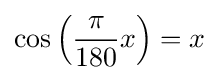
\cos \left({\frac {\pi }{180}}x\right)=x